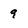
Character: 9